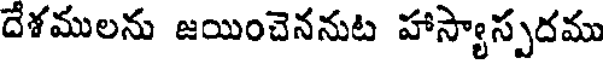
దేశములను జయించెననుట హాస్యాస్పదము